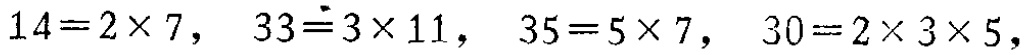
$14 = 2\times7,\ 33 = 3\times11,\ 35 = 5\times7,\ 30 = 2\times3\times5,$